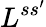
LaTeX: L^{ss^{\prime}}